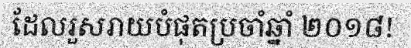
ដែលរួសរាយបំផុតប្រចាំឆ្នាំ ២០១៨!